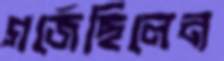
গর্জেছিলেন